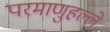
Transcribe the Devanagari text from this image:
परमाणुहल्ले